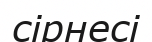
сірнесі